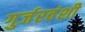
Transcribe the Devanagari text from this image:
गुर्जरवंशी